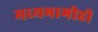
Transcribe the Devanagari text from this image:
मध्यभागीही